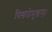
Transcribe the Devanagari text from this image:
विश्वतोमुखम्‌।।